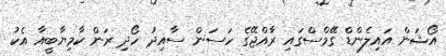
އޯޝަން އައިލެންޑް ގޭމްސްގައި ރާއްޖޭގެ ހަސަން ސާއިދު ހޯދި ރަން ކާމިޔާބީއާ އެކު